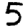
Digit: 5